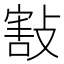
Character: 㪡